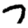
Digit: 7